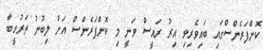
ކޮންފަރެންސްގައި ބައިވެރިވި އިރު ރައީސް ވަނީ މި ކޮންފަރެންސް އަށް ލިބުނު ތަރުހީބާ